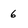
Character: 6